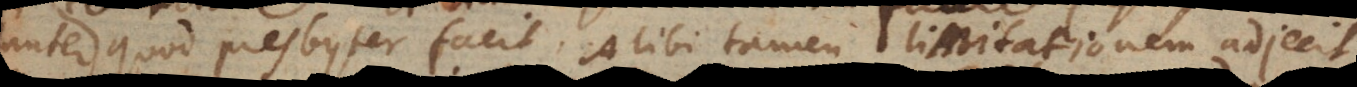
quod presbyter facit. Alibi tamen limitationem adjecit: